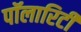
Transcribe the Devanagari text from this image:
पॉलारिटी